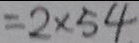
= 2 \times 5 4